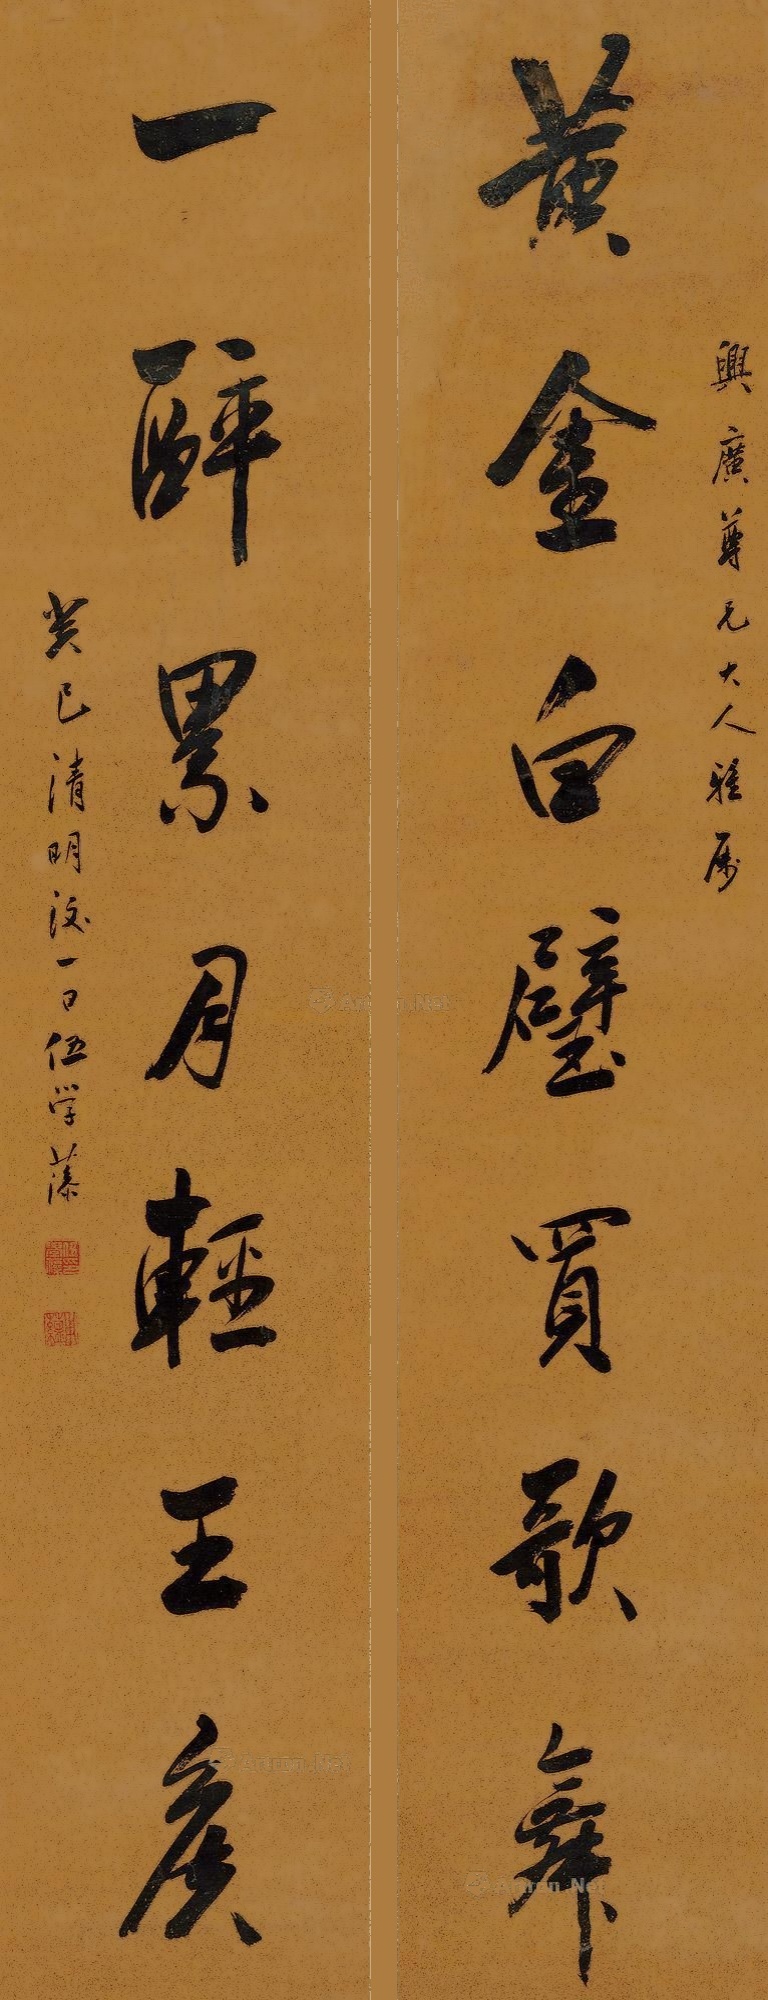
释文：黄金白璧买歌舞，一醉累月轻王侯。兴广尊兄大人雅属，癸巳清明后一日，伍学藻。